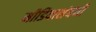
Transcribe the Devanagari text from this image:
मीडियासंबंधी